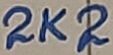
Text: 2K2